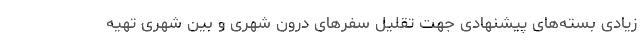
زیادی بسته‌های پیشنهادی جهت تقلیل سفرهای درون شهری و بین شهری تهیه